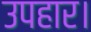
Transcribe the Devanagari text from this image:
उपहार।